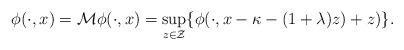
LaTeX: \begin{align*}\phi(\cdot,x)=\mathcal{M}\phi(\cdot,x)=\sup_{z\in\mathcal{Z}}\{\phi(\cdot,x-\kappa-(1+\lambda)z)+z)\}.\end{align*}